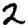
Digit: 2